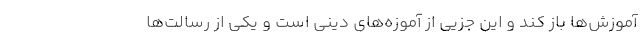
آموزش‌ها باز کند و این جزیی از آموزه‌های دینی است و یکی از رسالت‌ها